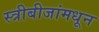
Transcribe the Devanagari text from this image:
स्त्रीबीजांमधून